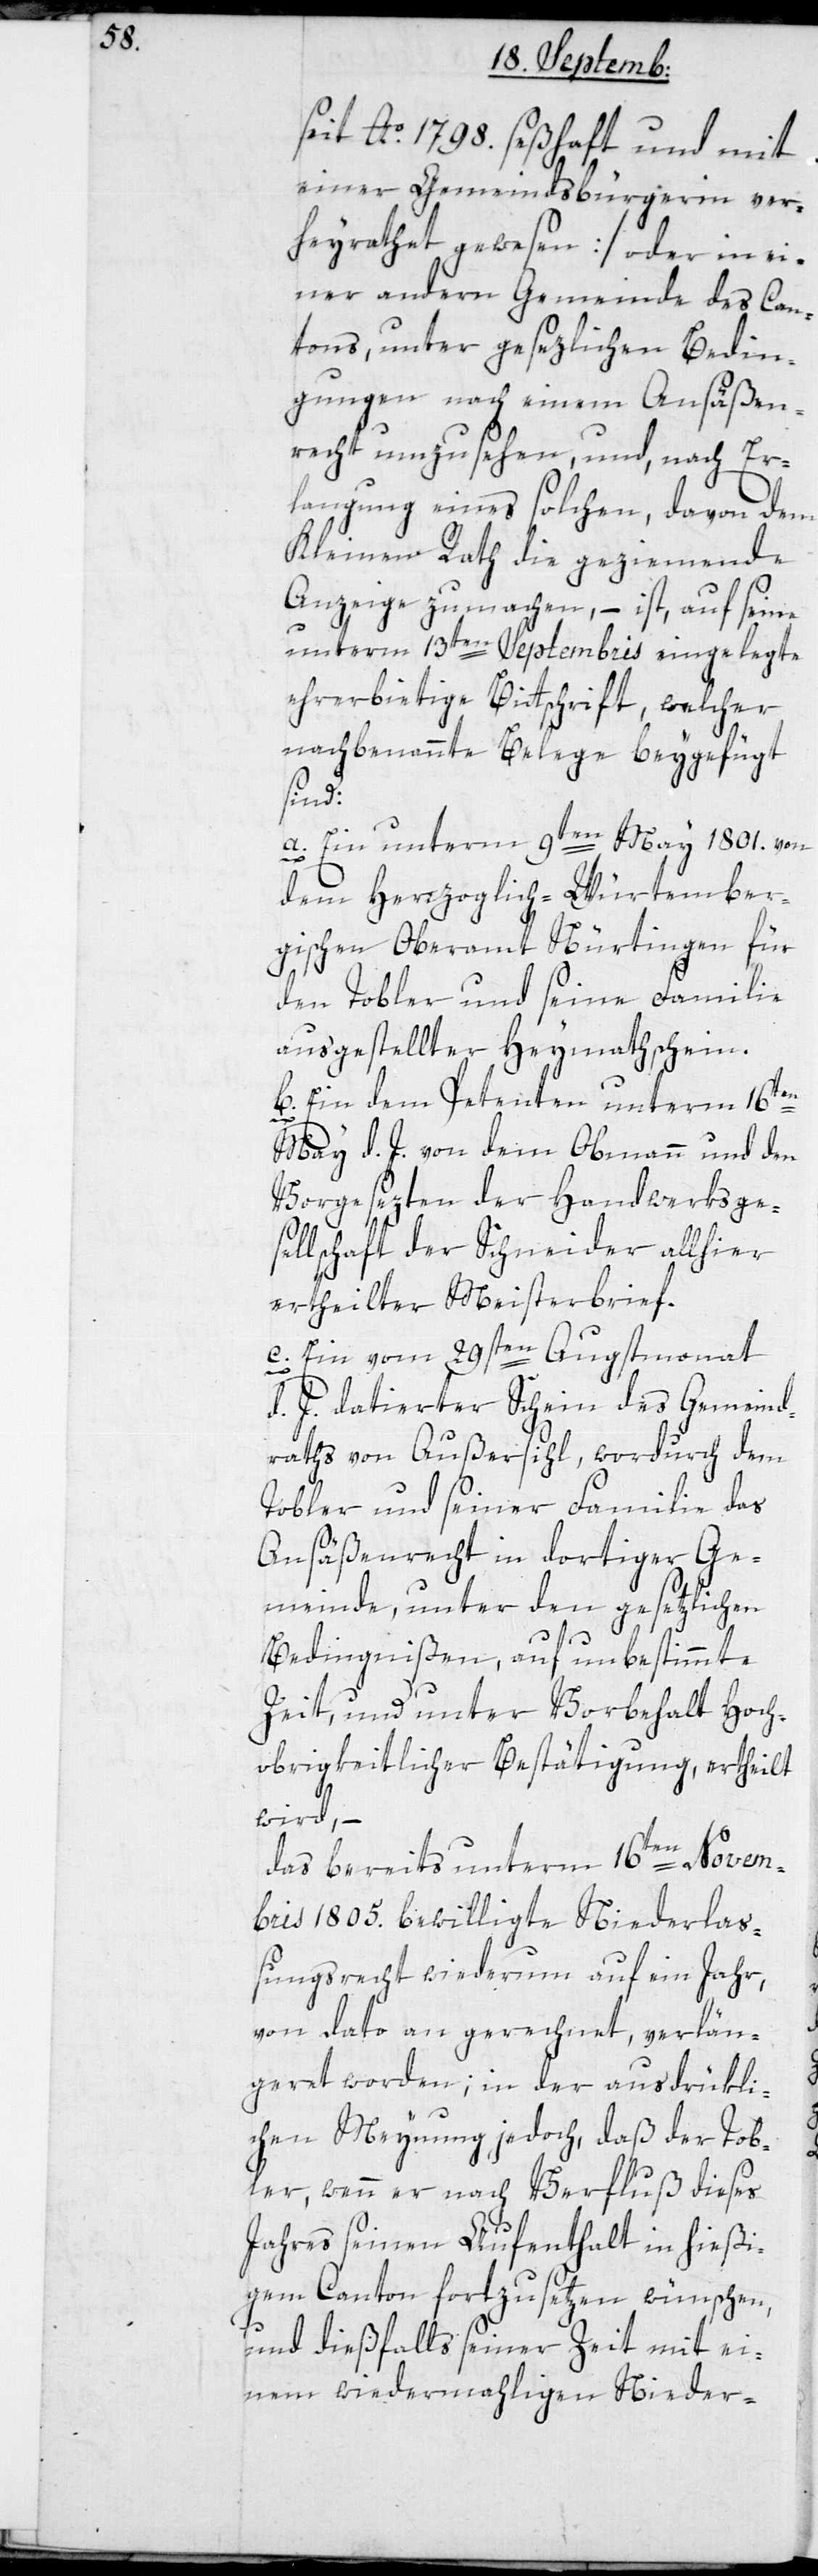
seit Ao. 1798. seßhaft und mit
einer Gemeindsbürgerin ver¬
heyrathet gewesen] oder in ei¬
ner andern Gemeinde des Can¬
tons, unter gesetzlichen Bedin¬
gungen nach einem Ansäßen¬
recht umzusehen, und, nach Er¬
langung eines solchen, davon dem
Kleinen Rath die geziemende
Anzeige zu machen, – ist auf seine
unterm 13ten Septembris eingelegte
ehrerbietige Bittschrift, welcher
nachbenannte Belege beygefügt
sind:
a. Ein unterm 9ten May 1801. von
dem Herzoglich-Würtember¬
gischen Oberamt Nürtingen für
den Tobler und seine Familie
ausgestellter Heymathschein.
b. Ein dem Petenten unterm 16ten
May d. J. von dem Obmann und den
vorgesezten der Handwerksge¬
sellschaft der Schneider allhier
ertheilter Meisterbrief.
c. Ein vom 29sten Augstmonat
d. J. datierter Schein des Gemeind¬
raths von Außersihl, wordurch dem
Tobler und seiner Familie das
Ansäßenrecht in dortiger Ge¬
meinde, unter den gesetzlichen
Bedingnißen, auf unbestimmte
Zeit und unter Vorbehalt Hoch¬
obrigkeitlicher Bestätigung, ertheilt
wird, –
das bereits unterm 16ten Novem¬
bris 1805. bewilligte Niederlas¬
sungsrecht wiederum auf ein Jahr,
von dato an gerechnet, verlän¬
geret worden; in der ausdrükli¬
chen Meynung jedoch, daß der Tob¬
ler, wenn er nach Verfluß dieses
Jahres seinen Aufenthalt in hießi¬
gem Canton fortzusetzen wünschen,
und dießfalls seiner Zeit mit ei¬
nem wiedermahligen Nieder-